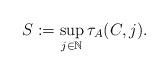
LaTeX: \begin{align*}S := \sup_{j \in \mathbb{N}} \tau_A(C,j).\end{align*}